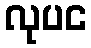
လုပင